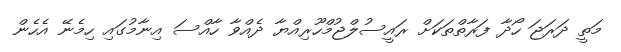
މަތީ ދަރަޖަ ހޯދާ ފަރާތްތަކަށް ރައީސުލްޖުމްހޫރިއްޔާ ދެއްވާ ހާއްސަ އިނާމުގައި ހިމެނޭ އެހެން